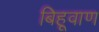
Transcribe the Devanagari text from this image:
बिहूवाण